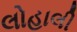
લોહાલી